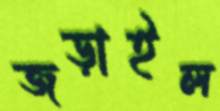
জড়াইল